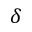
\delta